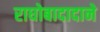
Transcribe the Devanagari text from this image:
राघोबादादाने